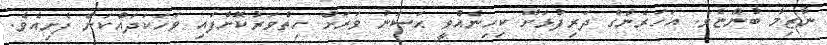
ނާޒިމާ ބުންޏެވެ. އަހަރެންގެ ދަރިފުޅަށް ކިހިނެއްވީ ޙަސަނު ވަރަށް ހިތްވަރުކޮށްފައި ވަހަކަދައްކަން ފެށިއެވެ.